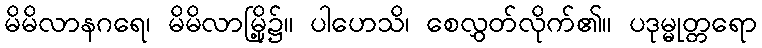
မိမိလာနဂရေ၊ မိမိလာမြို့၌။ ပါဟေသိ၊ စေလွှတ်လိုက်၏။ ပဒုမ္မုတ္တရော